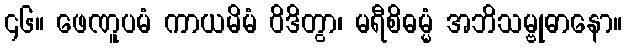
၄၆။ ဖေဏူပမံ ကာယမိမံ ဝိဒိတွာ၊ မရီစိဓမ္မံ အဘိသမ္ဗုဓာနော။